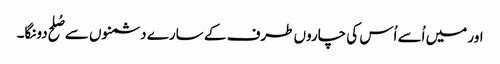
اور میں اُسے اُس کی چاروں طرف کے سارے دشمنوں سے صُلح دونگا۔